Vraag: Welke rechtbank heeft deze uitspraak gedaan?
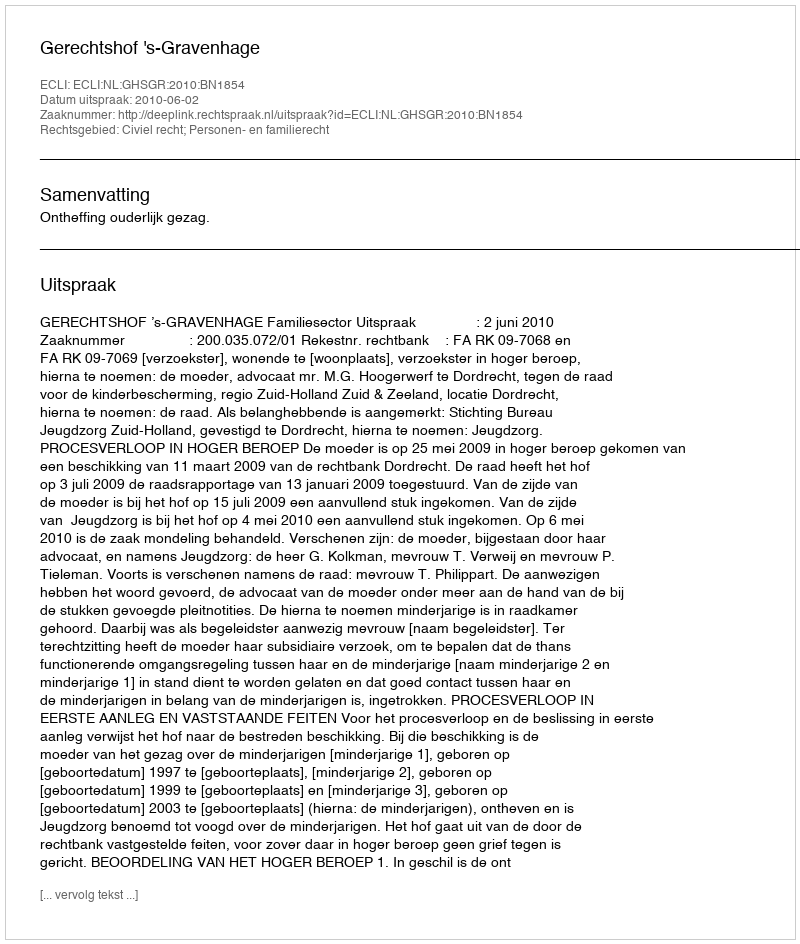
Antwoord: Gerechtshof 's-Gravenhage